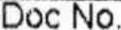
DOC NO.